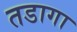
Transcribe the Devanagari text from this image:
तडागा